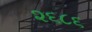
૨૬૮૬